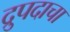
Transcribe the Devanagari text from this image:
द्रुपदाचा